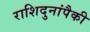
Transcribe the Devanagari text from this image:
राशिदुनांपैकी